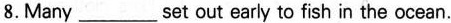
8. Many ___set out early to fish in the ocean.